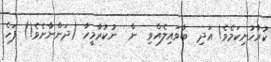
ކުރާހުށިކަމެވެ! އަދި  ބާވައިލެއްވި  ން  ނުކުރާމީހާ (ދަންނާށެވެ!) ފަހެ